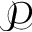
\mathcal { P }